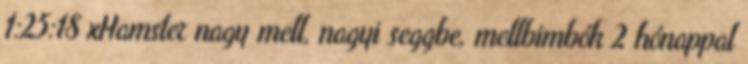
1:25:18 xHamster nagy mell, nagyi seggbe, mellbimbók 2 hónappal